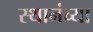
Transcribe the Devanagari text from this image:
स्थानंच्या